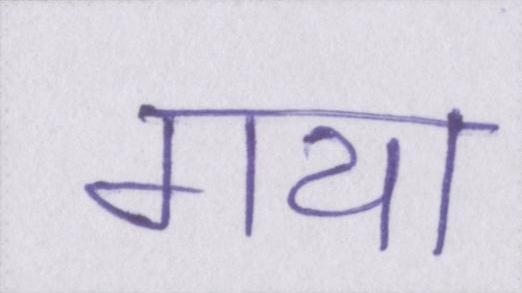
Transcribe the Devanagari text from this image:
गया